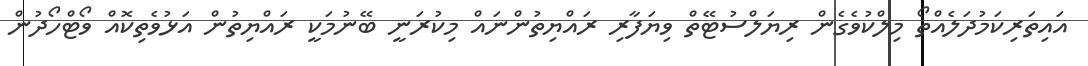
އައިތަރިކަމުދަލެއްތޯ މިލްކުވެގެން ރިޔަލްސުޓޭތް ވިޔަފާރި ރައްޔިތުންނައް މިކުރަނީ ބޭނުމަކީ ރައްޔިތުން އަޅުވެތިކޮއް ވޯޓްހޯދުން